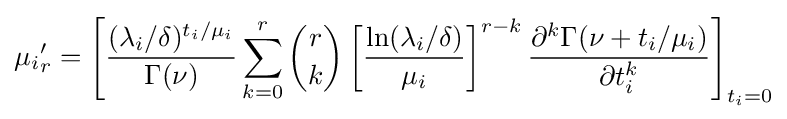
{\mu _{i}}'_{r}=\left[{\frac {(\lambda _{i}/\delta )^{t_{i}/\mu _{i}}}{\Gamma (\nu )}}\sum _{k=0}^{r}{\binom {r}{k}}\left[{\frac {\ln(\lambda _{i}/\delta )}{\mu _{i}}}\right]^{r-k}{\frac {\partial ^{k}\Gamma (\nu +t_{i}/\mu _{i})}{\partial t_{i}^{k}}}\right]_{t_{i}=0}